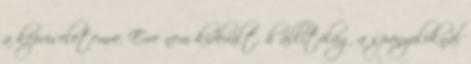
a képviseletemre. Erre nem kiderült, h állítólag a spanyoloknál